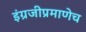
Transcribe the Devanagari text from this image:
इंग्रजीप्रमाणेच